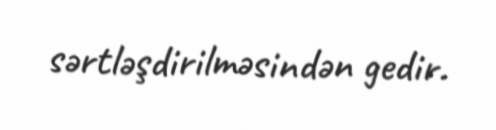
sərtləşdirilməsindən gedir.